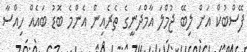
ފޭސްބުކް އަށް ލިބޭ ޖުމްލަ އާމްދަނީގެ ތެރެއިން އެންމެ ބޮޑު ބައެއް ހިއްސާ